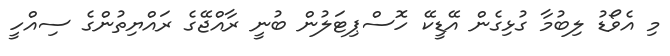
މި އެވޯޑު ލިބުމާ ގުޅިގެން އޭޑީކޭ ހޮސްޕިޓަލުން ބުނީ ރާއްޖޭގެ ރައްޔިތުންގެ ސިއްހީ